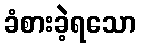
ခံစားခဲ့ရသော